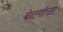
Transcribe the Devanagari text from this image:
बेळगोळा